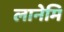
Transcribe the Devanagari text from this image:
लानेमि